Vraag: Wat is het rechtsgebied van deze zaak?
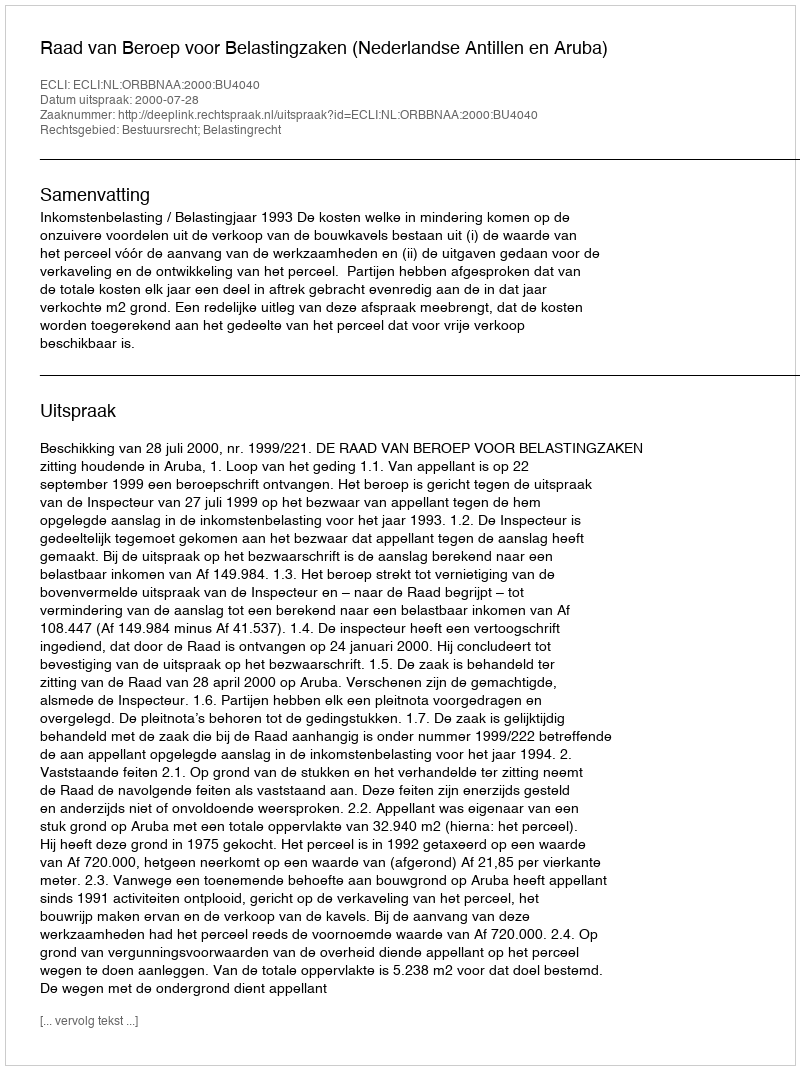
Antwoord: Bestuursrecht; Belastingrecht